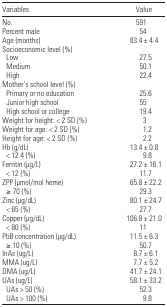
| Variables | Value |
 | --- | --- |
 | No. | 591 |
 | Percent male | 54 |
 | Age (months) | 83.4 ± 4.4 |
 | Socioeconomic level (%) |  |
 | Low | 27.5 |
 | Medium | 50.1 |
 | High | 22.4 |
 | Mother’s school level (%) |  |
 | Primary or no education | 25.6 |
 | Junior high school | 55 |
 | High school or college | 19.4 |
 | Weight for height: < 2 SD (%) | 3 |
 | Weight for age: < 2 SD (%) | 1.2 |
 | Height for age: < 2 SD (%) | 2.2 |
 | Hb (g/dL) | 13.4 ± 0.8 |
 | < 12.4 (%) | 9.8 |
 | Ferritin (μg/L) | 27.2 ± 16.1 |
 | < 12 (%) | 11.7 |
 | ZPP (μmol/mol heme) | 65.8 ± 22.2 |
 | ≥70 (%) | 29.3 |
 | Zinc (μg/dL) | 80.1 ± 24.7 |
 | < 65 (%) | 27.7 |
 | Copper (μg/dL) | 106.8 ± 21.0 |
 | < 80 (%) | 11 |
 | PbB concentration (μg/dL) | 11.5 ± 6.3 |
 | ≥10 (%) | 50.7 |
 | InAs (ug/L) | 8.7 ± 6.1 |
 | MMA (ug/L) | 7.7 ± 5.2 |
 | DMA (ug/L) | 41.7 ± 24.1 |
 | UAs (ug/L) | 58.1 ± 33.2 |
 | UAs > 50 (%) | 52.3 |
 | UAs > 100 (%) | 9.8 |